Annual report of the Punjab Veterinary College and of the Civil Veterinary Department, Punjab - 1926-1932
Year: 1926
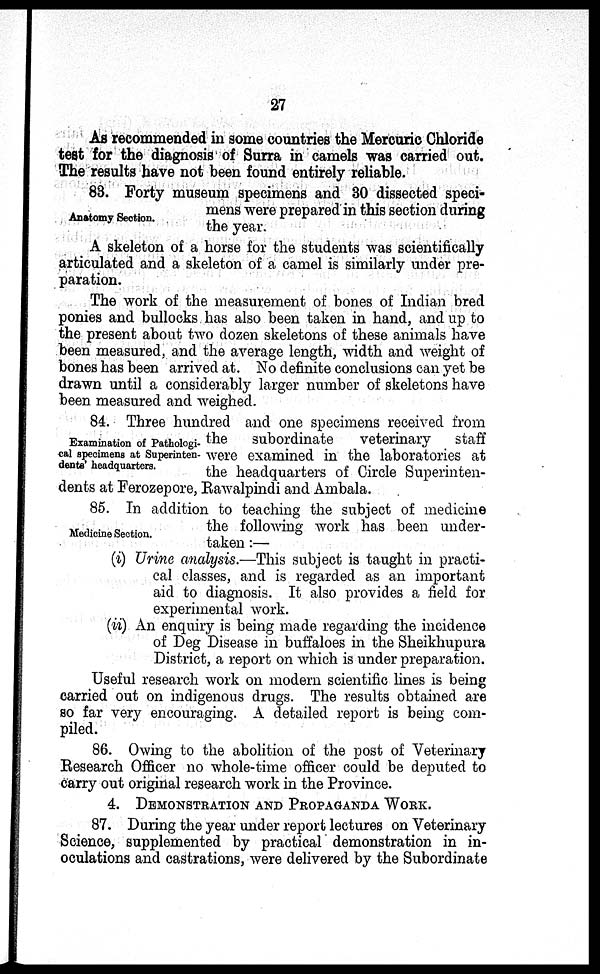
27
As recommended in some countries the Mercuric Chloride
test for the diagnosis of Surra in camels was carried out.
The results have not been found entirely reliable.
Anatomy Section.
83. Forty museum specimens and 30 dissected speci-
mens were prepared in this section during
the year.
A skeleton of a horse for the students was scientifically
articulated and a skeleton of a camel is similarly under pre-
paration.
The work of the measurement of bones of Indian bred
ponies and bullocks has also been taken in hand, and up to
the present about two dozen skeletons of these animals have
been measured, and the average length, width and weight of
bones has been arrived at. No definite conclusions can yet be
drawn until a considerably larger number of skeletons have
been measured and weighed.
Examination of Pathologi-
cal specimens at Superinten-
dents' headquarters.
84. Three hundred and one specimens received from
the
subordinate
veterinary
staff
were examined in the laboratories at
the headquarters of Circle Superinten-
dents at Ferozepore, Rawalpindi and Ambala.
Medicine Section.
85. In addition to teaching the subject of medicine
the following work has been under-
taken :—
(i) Urine analysis.—This subject is taught in practi-
cal classes, and is regarded as an important
aid to diagnosis. It also provides a field for
experimental work.
(ii) An enquiry is being made regarding the incidence
of Deg Disease in buffaloes in the Sheikhupura
District, a report on which is under preparation.
Useful research work on modern scientific lines is being
carried out on indigenous drugs. The results obtained are
so far very encouraging. A detailed report is being com-
piled.
86. Owing to the abolition of the post of Veterinary
Research Officer no whole-time officer could be deputed to
carry out original research work in the Province.
4. DEMONSTRATION AND PROPAGANDA WORK.
87. During the year under report lectures on Veterinary
Science, supplemented by practical demonstration in in-
oculations and castrations, were delivered by the Subordinate